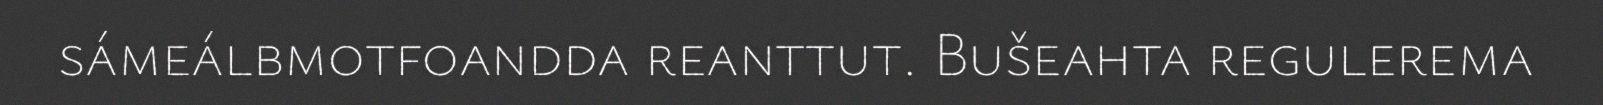
sámeálbmotfoandda reanttut. Bušeahta regulerema